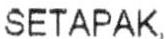
SETAPAK,